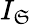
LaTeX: I_{\mathfrak{S}}